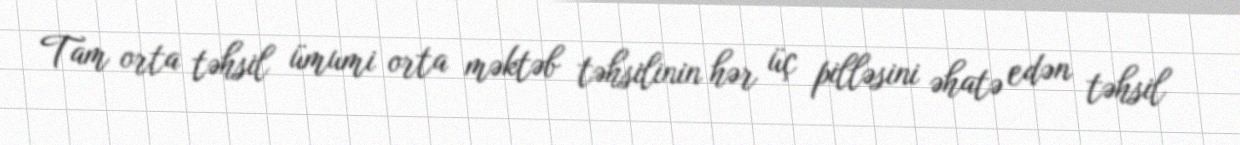
Tam orta təhsil ümumi orta məktəb təhsilinin hər üç pilləsini əhatə edən təhsil